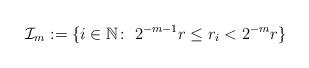
LaTeX: \begin{align*}\mathcal{I}_{m}:=\{i\in\mathbb{N}\colon\;2^{-m-1}r\leq r_{i}< 2^{-m}r\}\end{align*}